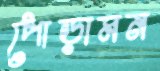
পোড়ামন